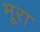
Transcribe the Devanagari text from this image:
मूरा